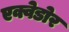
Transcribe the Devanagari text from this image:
एक्वेडोर